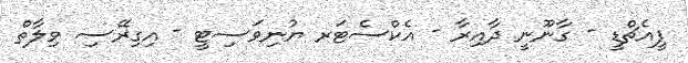
ޕީއެޗްޑީ - ގާނޫނީ ދާއިރާ - އެކްސެޓަރ ޔުނިވަސިޓީ - އިގިރޭސި ވިލާތް